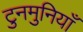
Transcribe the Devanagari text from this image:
टुनमुनियाँ